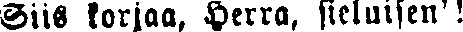
Siis korjaa, Herra, sieluisen'!